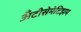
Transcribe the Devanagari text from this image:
अँटीसेमेटिझम